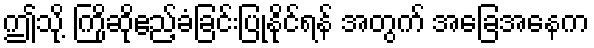
ဤသို့ ကြိုဆိုဧည့်ခံခြင်းပြုနိုင်ရန် အတွက် အခြေအနေက